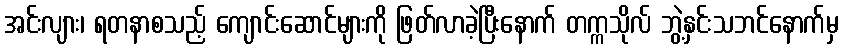
အင်းလျား၊ ရတနာစသည့် ကျောင်းဆောင်များကို ဖြတ်လာခဲ့ပြီးနောက် တက္ကသိုလ် ဘွဲ့နှင်းသဘင်နောက်မှ